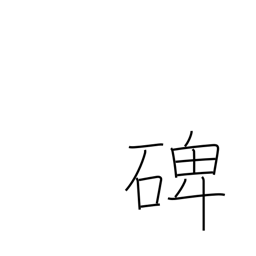
Meaning: tombstone